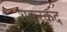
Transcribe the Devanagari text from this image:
शकरकद